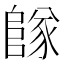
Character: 𨺵